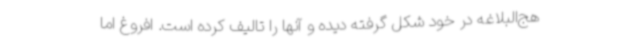
هج‌البلاغه در خود شکل گرفته دیده و آنها را تالیف کرده است. افروغ اما